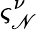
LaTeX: \varsigma_{\mathscr{N}}^{\nu}